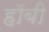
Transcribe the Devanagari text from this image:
हाॅबी